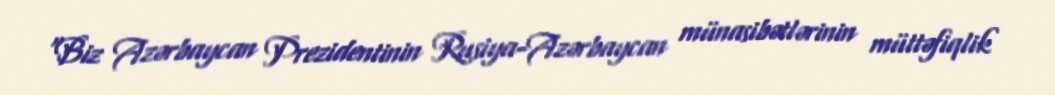
“Biz Azərbaycan Prezidentinin Rusiya-Azərbaycan münasibətlərinin müttəfiqlik